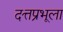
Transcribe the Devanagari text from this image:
दत्तप्रभूला